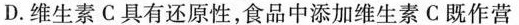
D.维生素C具有还原性，食品中添加维生素C既作营